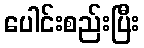
ပေါင်းစည်းပြီး